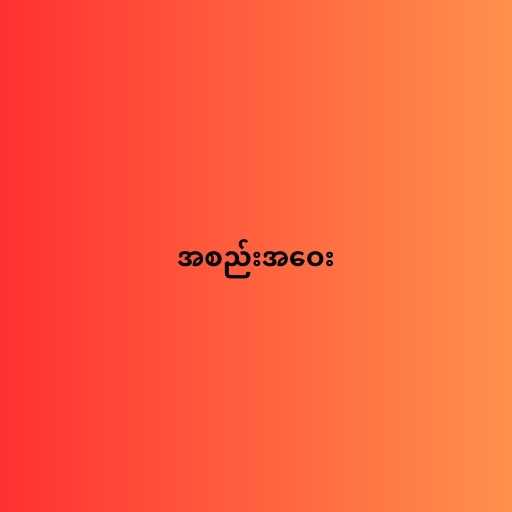
အစည်းအဝေး